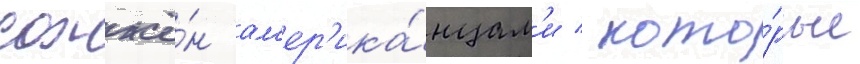
сожжё́н ам'ер'ика́нцам'и / кото́рые